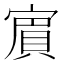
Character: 賔